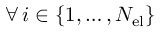
\forall \, i \in \left\lbrace 1 , \dots , N _ { \mathrm { e l } } \right\rbrace